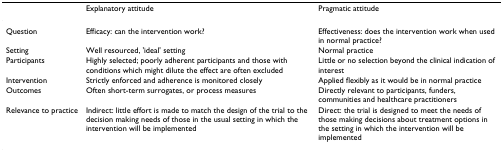
|  | Explanatory attitude | Pragmatic attitude |
 | --- | --- | --- |
 | Question | Efficacy: can the intervention work? | Effectiveness: does the intervention work when used in normal practice? |
 | Setting | Well resourced, 'ideal' setting | Normal practice |
 | Participants | Highly selected; poorly adherent participants and those with conditions which might dilute the effect are often excluded | Little or no selection beyond the clinical indication of interest |
 | Intervention | Strictly enforced and adherence is monitored closely | Applied flexibly as it would be in normal practice |
 | Outcomes | Often short-term surrogates, or process measures | Directly relevant to participants, funders, communities and healthcare practitioners |
 | Relevance to practice | Indirect: little effort is made to match the design of the trial to the decision making needs of those in the usual setting in which the intervention will be implemented | Direct: the trial is designed to meet the needs of those making decisions about treatment options in the setting in which the intervention will be implemented |